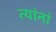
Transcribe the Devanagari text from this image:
त्‍यांनां